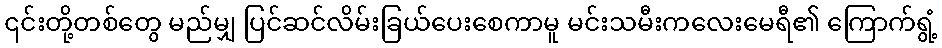
၎င်းတို့တစ်တွေ မည်မျှ ပြင်ဆင်လိမ်းခြယ်ပေးစေကာမူ မင်းသမီးကလေးမေရီ၏ ကြောက်ရွံ့